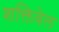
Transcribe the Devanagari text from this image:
शक्तिवेल